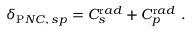
\delta _ { \mathrm P N C , \, s p } = C _ { s } ^ { \mathrm r a d } + C _ { p } ^ { \mathrm r a d } ~ .